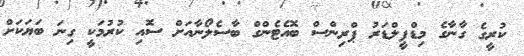
ކުރީގެ ގާނާގެ މިޑްފީލްޑަރު ޕްރިންސް ބޮއެޓެންގް ބާސެލޯނާއަށް ސޮއި ކުރުމަކީ ގިނަ ބަޔަކަށް